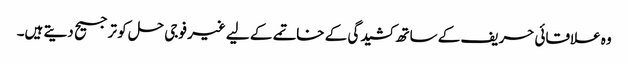
وہ علاقائی حریف کے ساتھ کشیدگی کے خاتمے کے لیے غیر فوجی حل کو ترجیح دیتے ہیں۔